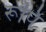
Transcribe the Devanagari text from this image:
रूपि